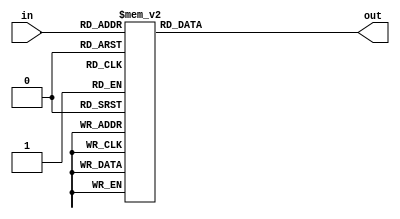

module Display (out, in);
	/* Entradas do mdulo. */
	input [3:0] in;
	
	/* Sadas do mdulo. */
	output [6:0] out;
	
	/* Componentes internos. */
	reg [6:0] seg; // Nmero decodificado para o display.
	
	/* Decodifica o dgito de entrada. */
	always @ (in) begin
		case (in)
			4'b0000: seg = 7'b1000000;
			4'b0001: seg = 7'b1111001;
			4'b0010: seg = 7'b0100100;
			4'b0011: seg = 7'b0110000;
			4'b0100: seg = 7'b0011001;
			4'b0101: seg = 7'b0010010;
			4'b0110: seg = 7'b0000010;
			4'b0111: seg = 7'b1111000;
			4'b1000: seg = 7'b0000000;
			4'b1001: seg = 7'b0011000;
			4'b1010: seg = 7'b0001000;
			4'b1011: seg = 7'b0000011;
			4'b1100: seg = 7'b1000110;
			4'b1101: seg = 7'b0100001;
			4'b1110: seg = 7'b0000110;
			4'b1111: seg = 7'b0001110;
		endcase
	end
	
	/* Envia o valor decodificado para a sada. */
	assign out = seg;

endmodule